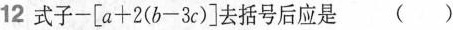
12 式子$$- [ a + 2 ( b - 3 c ) ]$$去括号后应是 ( )